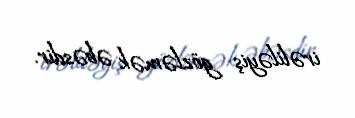
irəliləyiş gözləmək əbəsdir.